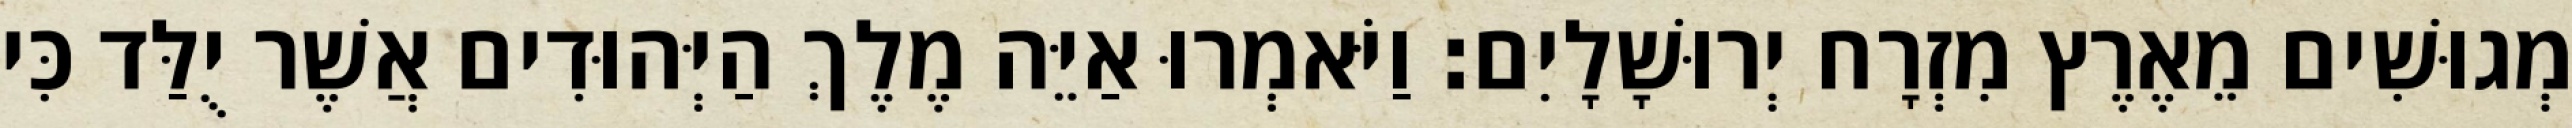
מְגוּשִׁים מֵאֶרֶץ מִזְרָח יְרוּשָׁלָיִם׃ וַיֹּאמְרוּ אַיֵּה מֶלֶךְ הַיְּהוּדִים אֲשֶׁר יֻלַּד כִּי